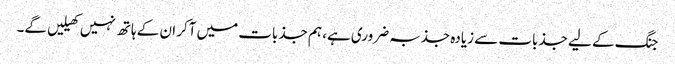
جنگ کے لیے جذبات سے زیادہ جذبہ ضروری ہے، ہم جذبات میں آکر ان کے ہاتھ نہیں کھیلیں گے۔